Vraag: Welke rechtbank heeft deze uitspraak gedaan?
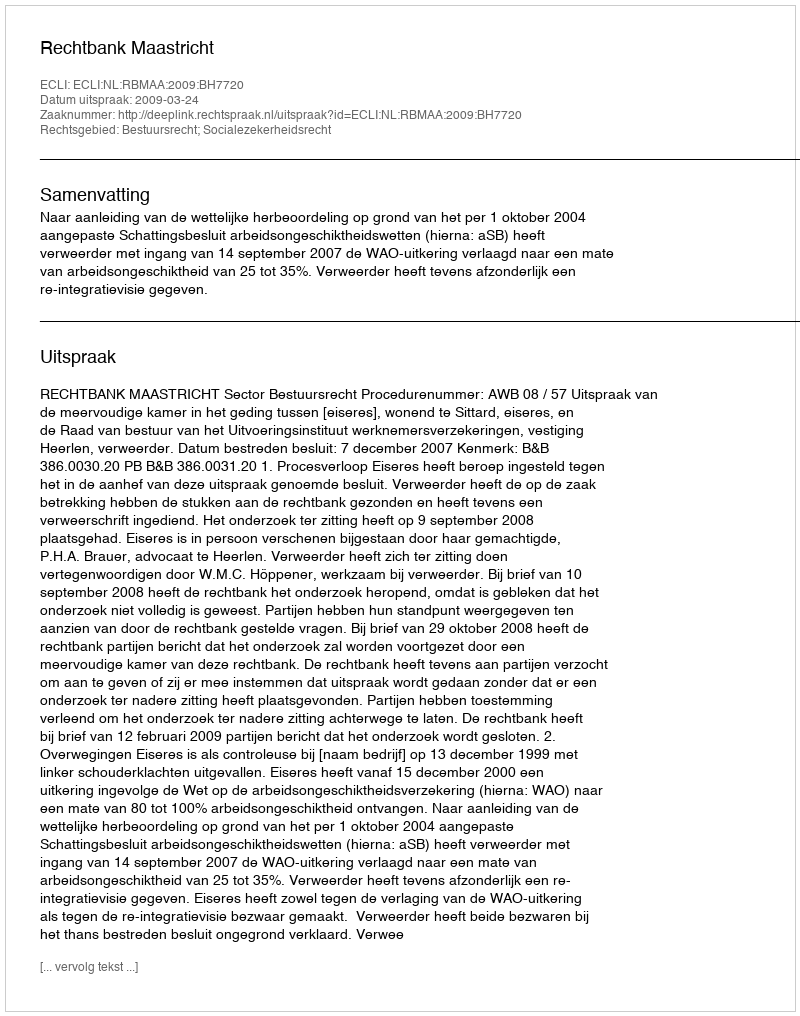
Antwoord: Rechtbank Maastricht